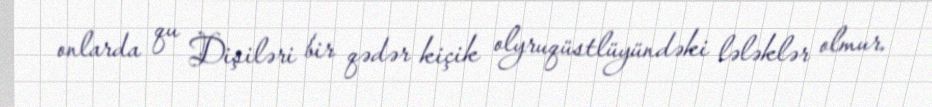
onlarda qu Dişiləri bir qədər kiçik olyruqüstlüyündəki lələklər olmur.